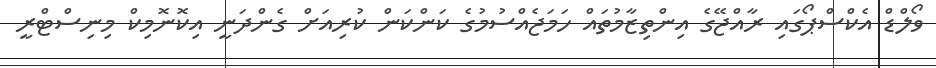
ވޯލްޑް އެކްސްޕޯގައި ރާއްޖޭގެ އިންތިޒާމުތައް ހަމަޖެއްސުމުގެ ކަންކަން ކުރިއަށް ގެންދަނީ އިކޮނޮމިކް މިނިސްޓްރީ